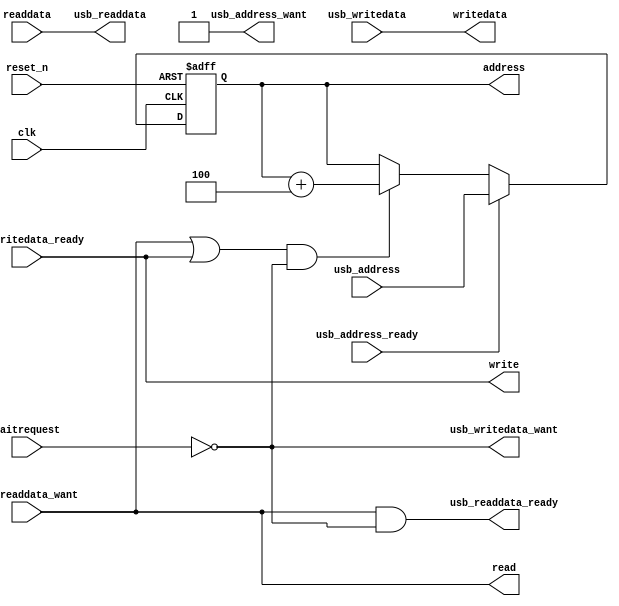
module ports2avalon #
(
	parameter ADDRESS_WIDTH  = 32
)
(
	// Avalon master interface
	input							clk,
	input 							reset_n,
	output reg	[ADDRESS_WIDTH-1:0]	address,
	output reg						read,
	input		[31:0]				readdata,
	output reg						write,
	output reg	[31:0]				writedata,
	input							waitrequest,
	
	// Interface to portmux
	input 		[31:0] 				usb_address,
	output reg 						usb_address_want,
	input 							usb_address_ready,
	input 		[31:0] 				usb_writedata,
	output reg 						usb_writedata_want,
	input 							usb_writedata_ready,
	output reg 	[31:0] 				usb_readdata,
	input 							usb_readdata_want,
	output reg 						usb_readdata_ready
);

	
reg address_load;
reg address_incr;
always @ (posedge clk or negedge reset_n) begin
	if (!reset_n) address <= 'dx;
	else if (address_load) address <= usb_address;
	else if (address_incr) address <= address + 32'd4;
end


always @* begin
	// Address port control
	usb_address_want <= 1'b1;
	address_load <= usb_address_ready;
	address_incr <= (read | write) & !waitrequest;
	
	// Writes
	usb_writedata_want <= !waitrequest;
	writedata <= usb_writedata;
	write <= usb_writedata_ready;
	
	// Reads
	read <= usb_readdata_want;
	usb_readdata <= readdata;
	usb_readdata_ready <= read & !waitrequest;
end

endmodule